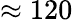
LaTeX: \approx 120